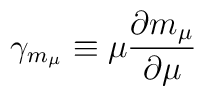
\gamma _{m_{\mu }}\equiv \mu \frac{\partial m_{\mu }}{\partial \mu }